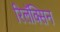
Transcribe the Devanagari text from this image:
रिलॅक्सिन